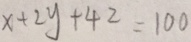
x + 2 y + 4 z = 1 0 0